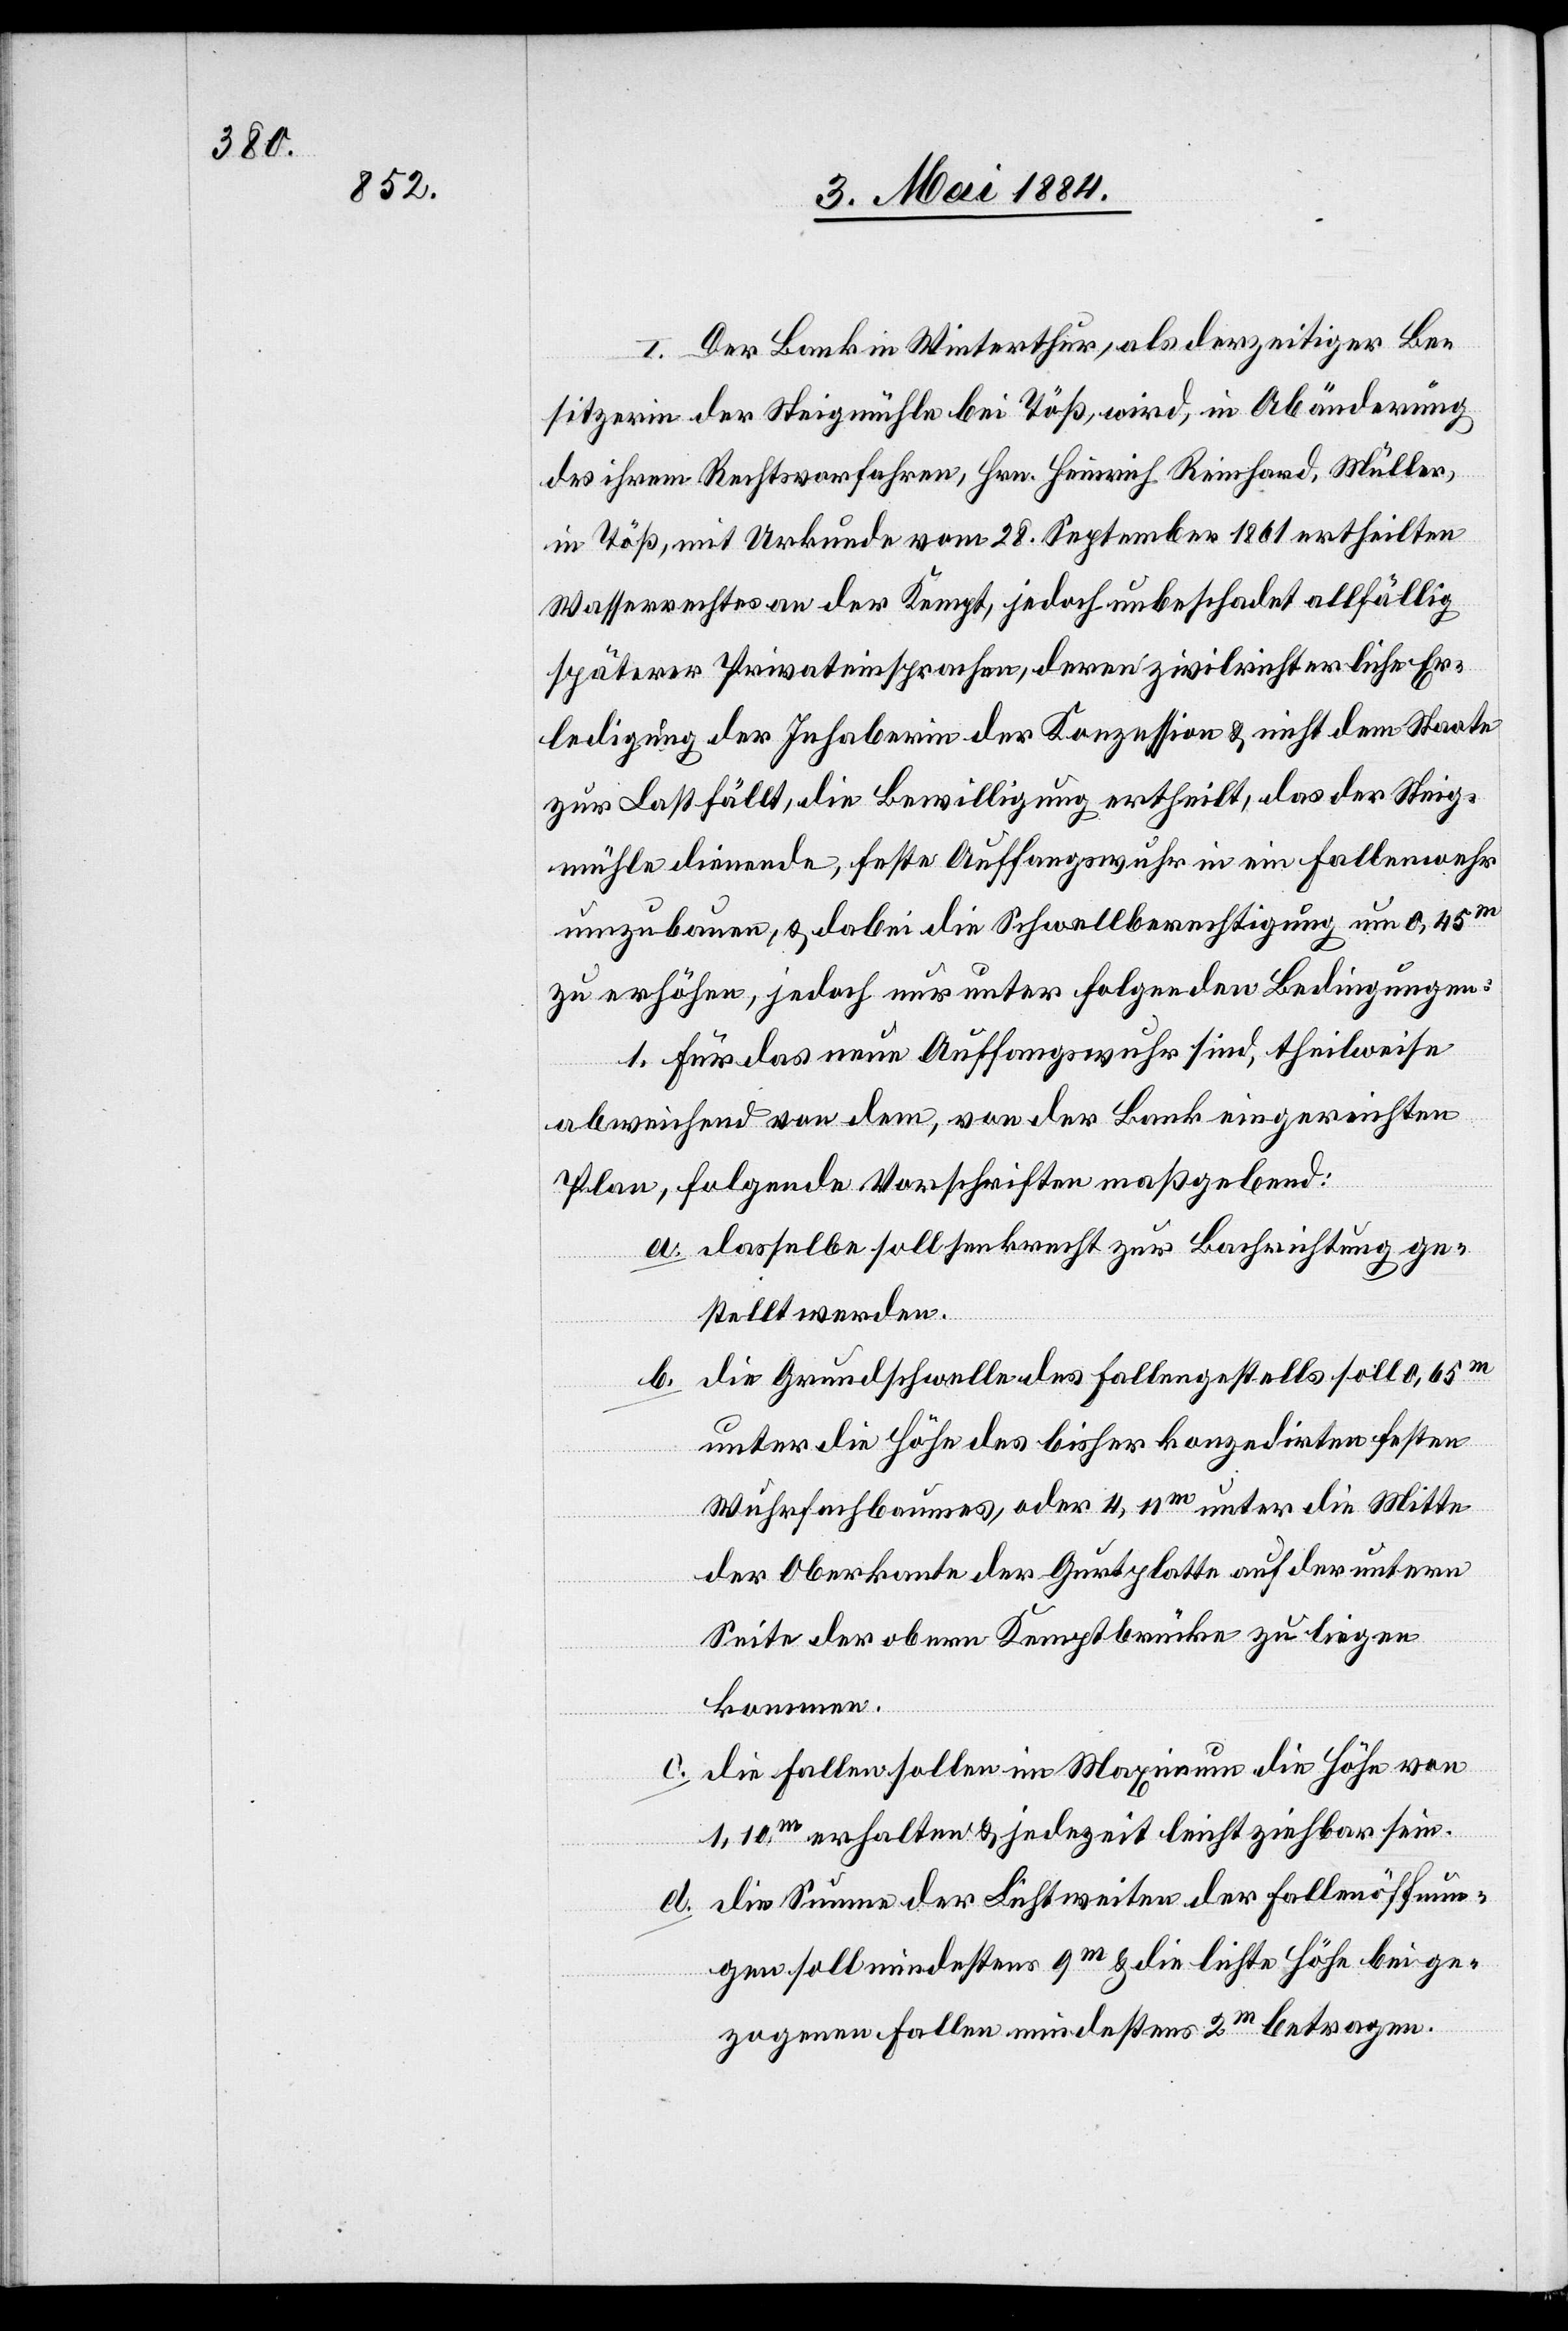
I. Der Bank in Winterthur, als derzeitiger Be¬
sitzerin der Steigmühle bei Töß, wird, in Abänderung
des ihrem Rechtsvorfahren, Hrn. Heinrich Reinhard, Müller,
in Töß, mit Urkunde vom 28. September 1861 ertheilten
Wasserrechtes an der Kempt, jedoch unbeschadet allfällig
späterer Privateinsprachen, deren zivilrichterliche Er¬
ledigung der Inhaberin der Konzession & nicht dem Staate
zur Last fällt, die Bewilligung ertheilt, das der Steig¬
mühle dienende, feste Auffangswuhr in ein Fallenwehr
umzubauen, & dabei die Schwellberechtigung um 0,45m
zu erhöhen, jedoch nur unter folgenden Bedingungen:
1. Für das neue Auffassungswuhr sind, theilweise
abweichend von dem, von der Bank eingereichten
Plan, folgende Vorschriften maßgebend:
a. dasselbe soll senkrecht zur Bachrichtung ge¬
stellt werden.
b. die Grundschwelle des Fallengestells soll 0,65m
unter die Höhe des bisher konzedirten festen
Wuhrfachbaumes, oder 4,11m unter die Mitte
der Oberkante der Gurtplatte auf der untern
Seite der obern Kemptbrücke zu liegen
kommen.
die Fallen sollen im Maximum die Höhe von
c.
1,10m erhalten & jederzeit leicht ziehbar sein.
d. die Summe der Lichtweiten der Fallenöffnun¬
gen soll mindestens 9m & die lichte Höhe bei ge¬
zogenen Fallen mindestens 2m betragen.